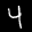
Label: 4